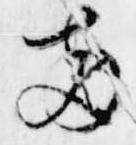
両